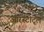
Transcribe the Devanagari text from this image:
आरस्टोट्ल